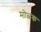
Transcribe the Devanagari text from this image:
मोळक